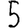
Digit: 5